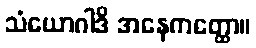
သံယောဂါဒိ အနေကတ္ထော။